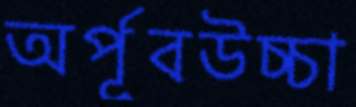
অর্পূবউচ্চা